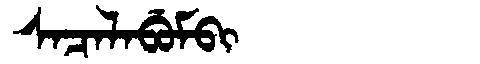
Manchu: ᠰᠠᠴᠠᠯᠠᠪᡠᠮᠪᡳ
Romanization: SACALABUMBI